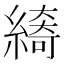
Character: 𱺁